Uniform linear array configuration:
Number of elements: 8
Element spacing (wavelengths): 0.5
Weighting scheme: binomial
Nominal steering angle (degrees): -45
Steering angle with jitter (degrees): -43.497
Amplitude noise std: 0.05
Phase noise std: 0.05

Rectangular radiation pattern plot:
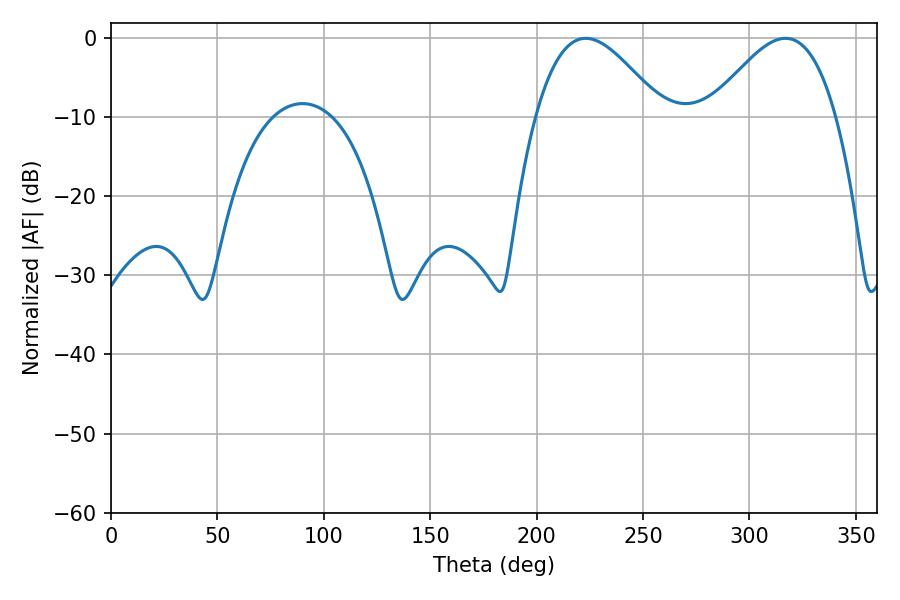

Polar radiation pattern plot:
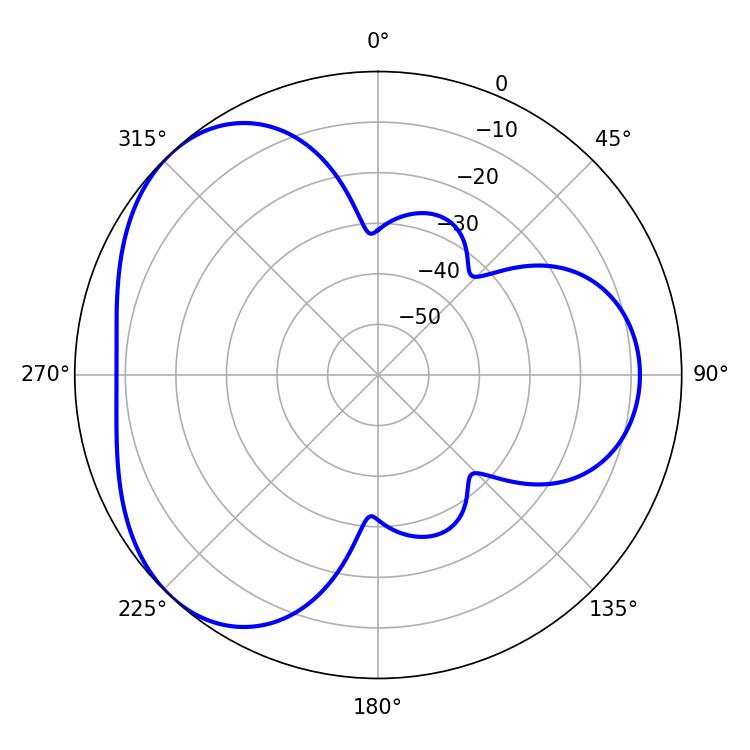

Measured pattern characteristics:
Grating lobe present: FALSE
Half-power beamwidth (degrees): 32.22
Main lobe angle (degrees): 223.02